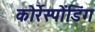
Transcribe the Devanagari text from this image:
कोर्रेस्पोंडिंग